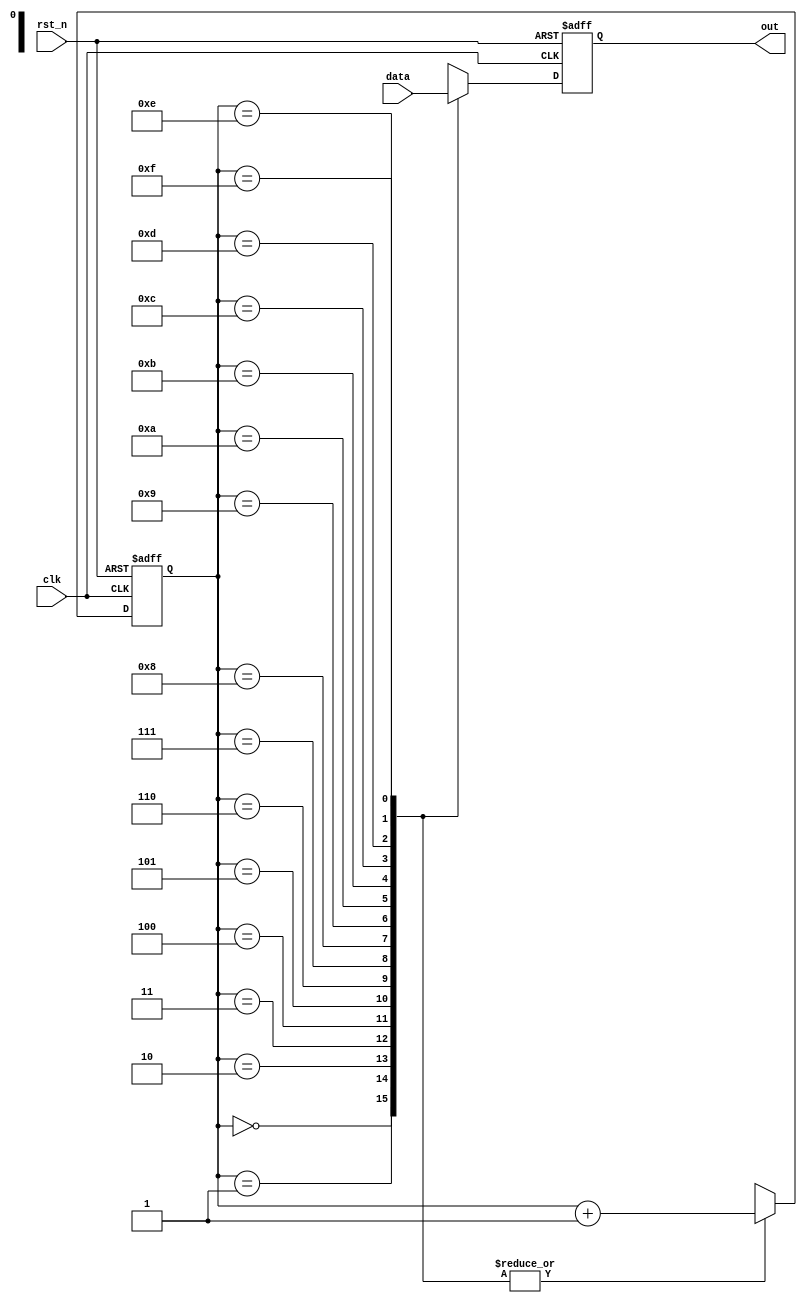
`timescale 1ns / 1ps
//////////////////////////////////////////////////////////////////////////////////
// Company: 
// Engineer: 
// 
// Design Name: 
// Module Name:    serializer_16 
// Project Name: 
// Target Devices: 
// Tool versions: 
// Description: 
//
// Dependencies: 
//
// Revision: 
// Revision 0.01 - File Created
// Additional Comments: 
//
//////////////////////////////////////////////////////////////////////////////////
module serializer_16(out, data, clk, rst_n   
	);
output reg out;
input [15:0]data;
input clk;
input rst_n;
reg [3:0]clk_cnt, clk_cnt_next;
reg out_next;


//Mprelab@\AuO16bitinput
always@*
	begin
	case(clk_cnt)
	
	4'd0:
	begin
	out_next=data[15];
	clk_cnt_next=clk_cnt+1'd1;
	end
	
	4'd1:
	begin
	out_next=data[14];
	clk_cnt_next=clk_cnt+1'd1;
	end
	
	4'd2:
	begin
	out_next=data[13];
	clk_cnt_next=clk_cnt+1'd1;
	end
	
	4'd3:
	begin
	out_next=data[12];
	clk_cnt_next=clk_cnt+1'd1;
	end
	
	4'd4:
	begin
	out_next=data[11];
	clk_cnt_next=clk_cnt+1'd1;
	end
	
	4'd5:
	begin
	out_next=data[10];
	clk_cnt_next=clk_cnt+1'd1;
	end
	
	4'd6:
	begin
	out_next=data[9];
	clk_cnt_next=clk_cnt+1'd1;
	end
	
	4'd7:
	begin
	out_next=data[8];
	clk_cnt_next=clk_cnt+1'd1;
	end

	4'd8:
	begin
	out_next=data[7];
	clk_cnt_next=clk_cnt+1'd1;
	end
	
	4'd9:
	begin
	out_next=data[6];
	clk_cnt_next=clk_cnt+1'd1;
	end
	
	4'd10:
	begin
	out_next=data[5];
	clk_cnt_next=clk_cnt+1'd1;
	end
	
	4'd11:
	begin
	out_next=data[4];
	clk_cnt_next=clk_cnt+1'd1;
	end

	4'd12:
	begin
	out_next=data[3];
	clk_cnt_next=clk_cnt+1'd1;
	end
	
	4'd13:
	begin
	out_next=data[2];
	clk_cnt_next=clk_cnt+1'd1;
	end
	
	4'd14:
	begin
	out_next=data[1];
	clk_cnt_next=clk_cnt+1'd1;
	end
	
	4'd15:
	begin
	out_next=data[0];
	clk_cnt_next=clk_cnt+1'd1;
	end
	endcase
end




always @(posedge clk or negedge rst_n)
	if (~rst_n)
	begin
	clk_cnt <= 2'd0;
	out <= 1'b0;
	end
 
	else
	begin
	clk_cnt <= clk_cnt_next;
	out <= out_next;
	end

endmodule